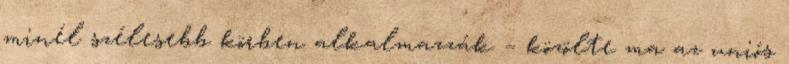
minél szélesebb körben alkalmazzák – közölte ma az uniós